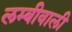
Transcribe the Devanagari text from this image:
लम्बीवाली